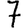
Digit: 7